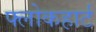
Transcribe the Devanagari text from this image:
फ्लोकहार्ट